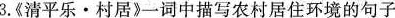
3.《清平乐·村居》一词中描写农村居住环境的句子